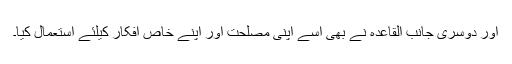
اور دوسرى جانب القاعده نے بهى اسے اپنى مصلحت اور اپنے خاص افکار کیلئے استعمال کیا۔